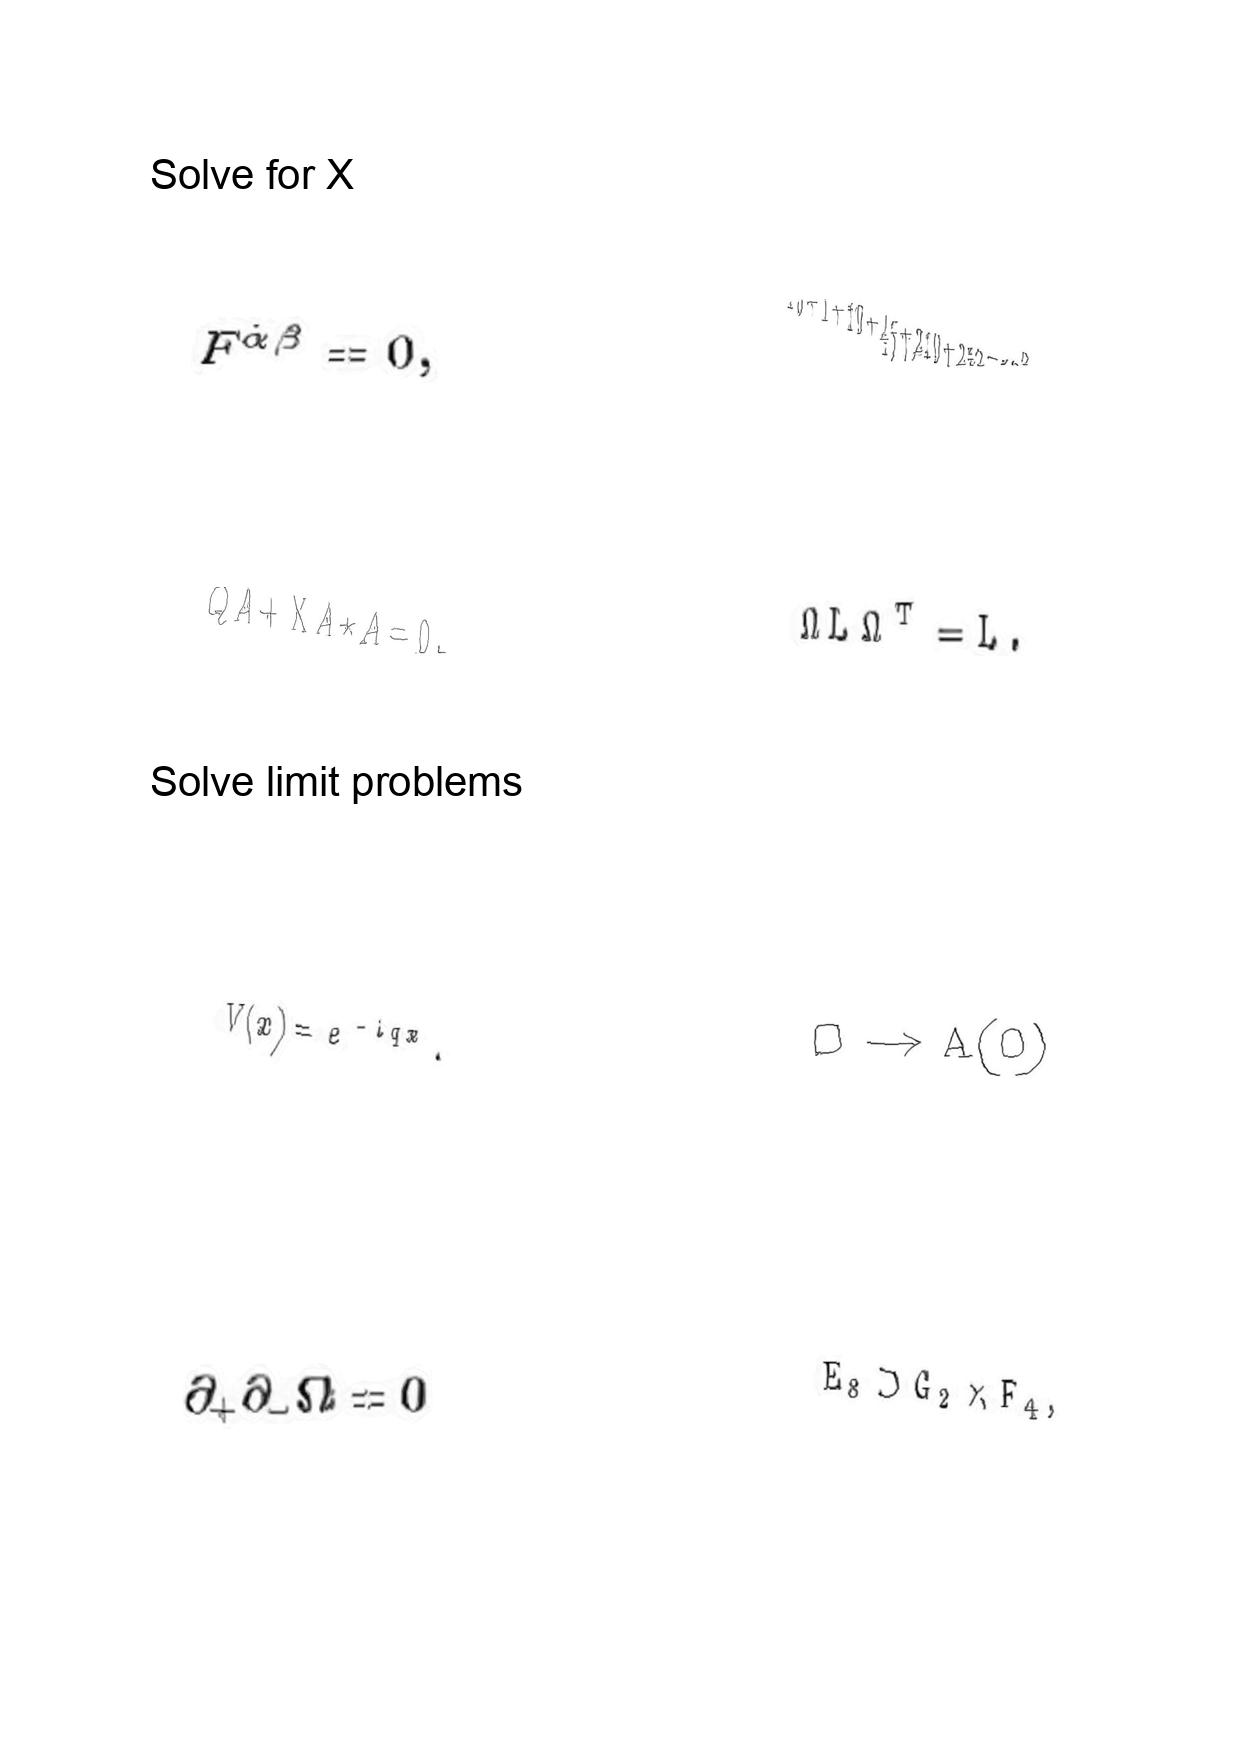
LaTeX transcription:
F ^ { \dot { \alpha } \dot { \beta } } = 0 ,
Q A + \mathrm { X } A \star A = 0 .
V \lparen x \rparen = e ^ { - i q x } .
\partial _ { + } \partial _ { - } \Omega = 0
1 0 + 1 + 1 0 + 4 5 + 2 1 0 + 2 5 2 = 5 2 8 .
\Omega L \Omega ^ { T } = L .
O \rightarrow A \lparen O \rparen
E _ { 8 } \supset G _ { 2 } \times F _ { 4 } ,